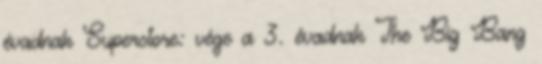
évadnak Superstore: vége a 3. évadnak The Big Bang